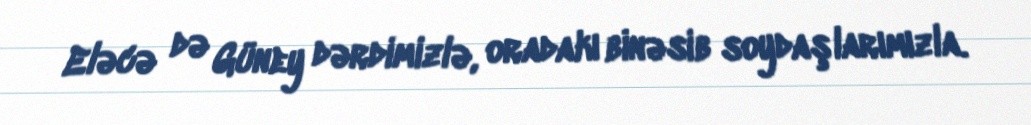
Eləcə də Güney dərdimizlə, oradakı binəsib soydaşlarımızla.